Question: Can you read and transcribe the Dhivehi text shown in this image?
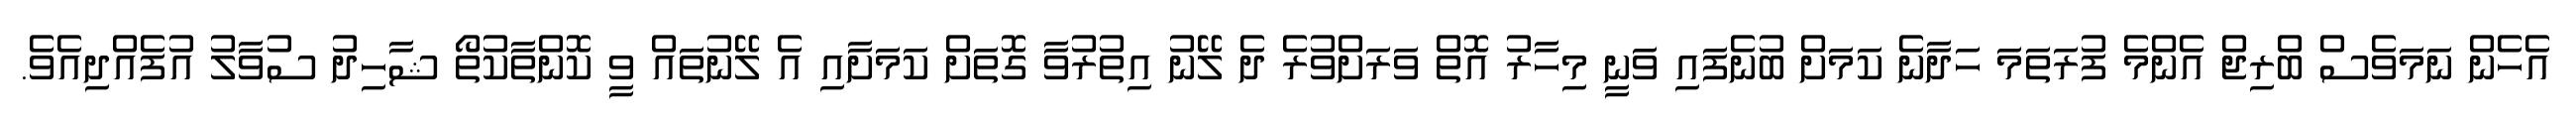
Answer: އެހެން ނަމަވެސް ބްރިޖް އެންމެ ފުރަތަމަ ހަދާނެ ކަމަށް ބުނެފައި ވަނީ މިހާރު އޮތް ވަރަށްވުރެ ދެ ލޭނު އިތުރުވާ ގޮތަށް ކަމަށާއި އެ ލޭނުތައް ވީ ކޮންތާކުތޯ ޝާހިދު ސުވާލު އުފެއްދިއެވެ.